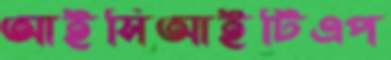
আইসিআইটিএপ